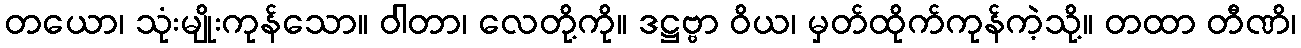
တယော၊ သုံးမျိုးကုန်သော။ ဝါတာ၊ လေတို့ကို။ ဒဋ္ဌဗ္ဗာ ဝိယ၊ မှတ်ထိုက်ကုန်ကဲ့သို့။ တထာ တီဏိ၊